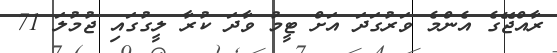
ރާއްޖޭގެ އެންމެ ވަރުގަދަ އަށް ޓީމު ވާދަ ކުރާ ލީގުގައި ޖުމުލަ 71